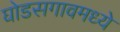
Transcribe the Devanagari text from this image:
घोडसगावमध्ये